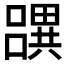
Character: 𤳧